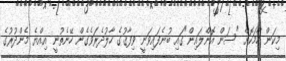
މިކަން ހާމަކޮށް "ސަން އޮންލައިން"ގައި ބުނެފައިވަނީ ވިފާޤުގެ ހާލުދެރަވެގެން ހޭނެތުނީ އިއްޔެ މެންދުރުގެ